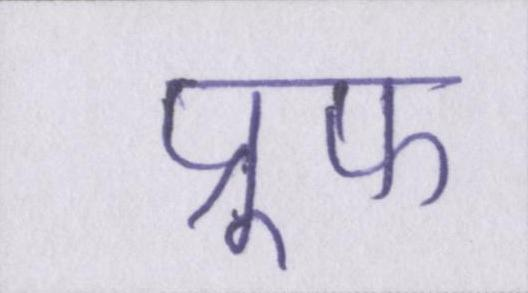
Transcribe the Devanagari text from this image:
प्रूफ